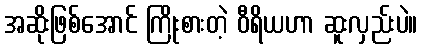
အဆိုးဖြစ်အောင် ကြိုးစားတဲ့ ဝီရိယဟာ ဆူးလှည်းပဲ။